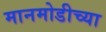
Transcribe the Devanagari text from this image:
मानमोडीच्या